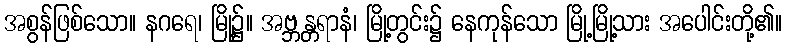
အစွန်ဖြစ်သော။ နဂရေ၊ မြို့၌။ အဗ္ဘန္တရာနံ၊ မြို့တွင်း၌ နေကုန်သော မြို့မြို့သား အပေါင်းတို့၏။